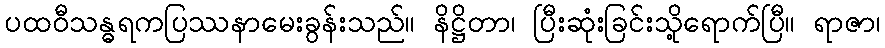
ပထဝီသန္ဓရကပြဿနာမေးခွန်းသည်။ နိဋ္ဌိတာ၊ ပြီးဆုံးခြင်းသို့ရောက်ပြီ။ ရာဇာ၊